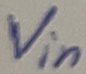
Text: Vin